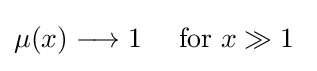
{\begin{aligned}\mu (x)\longrightarrow 1&&{\text{ for }}x\gg 1\end{aligned}}~